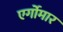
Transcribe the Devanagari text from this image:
एर्गोमार